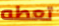
تعطه